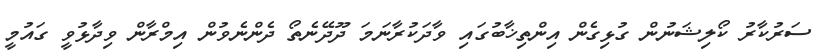
ސަރުކާރު ކޯލިޝަނުން ގުޅިގެން އިންތިޚާބުގައި ވާދަކުރާނަމަ ދޫދޭނެތޯ ދެންނެވުން އިމްރާން ވިދާޅުވީ ގައުމީ